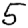
Digit: 5